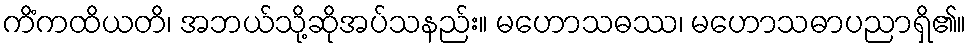
ကိံကထိယတိ၊ အဘယ်သို့ဆိုအပ်သနည်း။ မဟောသဓဿ၊ မဟောသဓာပညာရှိ၏။